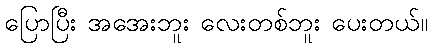
ပြောပြီး အအေးဘူး လေးတစ်ဘူး ပေးတယ်။